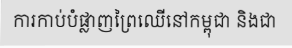
ការកាប់បំផ្លាញព្រៃឈើនៅកម្ពុជា និងជា